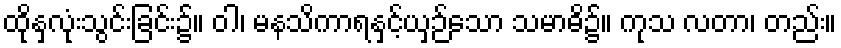
ထိုနှလုံးသွင်းခြင်း၌။ ဝါ၊ မနသိကာရနှင့်ယှဉ်သော သမာဓိ၌။ ကုသ လတာ၊ တည်း။